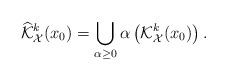
LaTeX: \begin{align*}\widehat{\mathcal{K}}^k_{\mathcal{X}}(x_0)=\bigcup_{\alpha\ge 0}\alpha \left(\mathcal{K}^k_{\mathcal{X}}(x_0)\right).\end{align*}